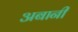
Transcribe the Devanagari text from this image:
अबानी